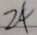
2 4